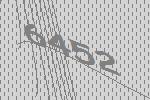
6452